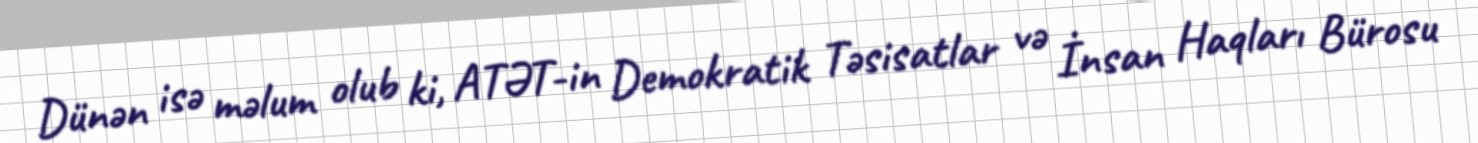
Dünən isə məlum olub ki, ATƏT-in Demokratik Təsisatlar və İnsan Haqları Bürosu